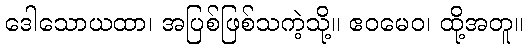
ဒေါသောယထာ၊ အပြစ်ဖြစ်သကဲ့သို့။ ဧဝမေဝ၊ ထို့အတူ။